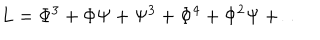
LaTeX: L = \Phi ^ { 3 } + \Phi \Psi + \Psi ^ { 3 } + \Phi ^ { 4 } + \Phi ^ { 2 } \Psi + \dots